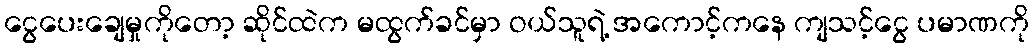
ငွေပေးချေမှုကိုတော့ ဆိုင်ထဲက မထွက်ခင်မှာ ဝယ်သူရဲ့ အကောင့်ကနေ ကျသင့်ငွေ ပမာဏကို